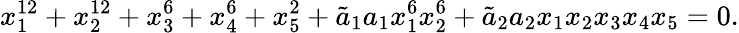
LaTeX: x_{1}^{12}+x_{2}^{12}+x_{3}^{6}+x_{4}^{6}+x_{5}^{2}+{\tilde{a}_{1}}a_{1}x_{1}^{6}x_{2}^{6}+{\tilde{a}_{2}}a_{2}x_{1}x_{2}x_{3}x_{4}x_{5}=0.